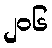
၂၀၆